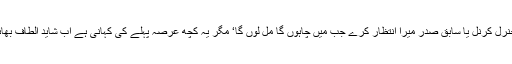
یہ پیغام صاف تھا کہ لیڈر متحدہ کا میں ہوں اور کوئی جنرل کرنل یا سابق صدر میرا انتظار کرے جب میں چاہوں گا مل لوں گا‘ مگر یہ کچھ عرصہ پہلے کی کہانی ہے اب شاید الطاف بھائی کو مشرف کی ضرورت پیش آسکتی ہے یا آگئی ہے۔